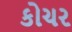
કોચર